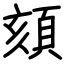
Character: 頦